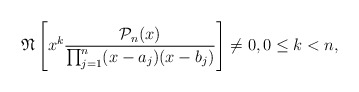
\begin{align*}\mathfrak{N}\left[x^k \dfrac{\mathcal{P}_n(x)}{\prod_{j=1}^{n}(x-a_j)(x-b_j)} \right]\neq 0, 0\leq k < n,\end{align*}